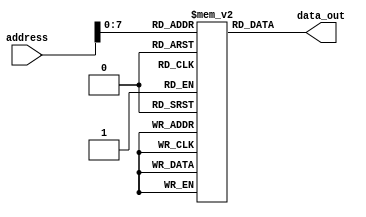
module Instruction_Memory_1(
    output [15 : 0] data_out,
    input [15 : 0] address
    );
	reg [15 : 0] memory [255 : 0];
	initial
	begin
		memory[0] = 16'h6fbf;
		memory[1] = 16'h37e0;
		memory[2] = 16'h6901;
		memory[3] = 16'h6a01;
		memory[4] = 16'h6c01;
		memory[5] = 16'hdf40;
		memory[6] = 16'hdf80;
		memory[7] = 16'he944;
		memory[8] = 16'hdf40;
		memory[9] = 16'he451;
		memory[10] = 16'hdf80;
		memory[11] = 16'heb42;
		memory[12] = 16'h6101;
		memory[13] = 16'h10f9;
		memory[14] = 16'h6901;
		memory[15] = 16'h6a0f;
		memory[16] = 16'h7c20;
		memory[17] = 16'hea84;
		memory[18] = 16'hdf80;
		memory[19] = 16'h6a03;
		memory[20] = 16'hea87;
		memory[21] = 16'hdf80;
		memory[22] = 16'h6a04;
		memory[23] = 16'hea87;
		memory[24] = 16'hdf80;
		memory[25] = 16'hea87;
		memory[26] = 16'hdf80;
		memory[27] = 16'hea87;
		memory[28] = 16'hdf80;
		memory[29] = 16'h6901;
		memory[30] = 16'h6a0f;
		memory[31] = 16'h7c20;
		memory[32] = 16'hea84;
		memory[33] = 16'hea87;
		memory[34] = 16'h6900;
		memory[35] = 16'h6a04;
		memory[36] = 16'h6b0c;
		memory[37] = 16'h4901;
		memory[38] = 16'h6d0f;
		memory[39] = 16'he9ac;
		memory[40] = 16'hea84;
		memory[41] = 16'hec2d;
		memory[42] = 16'hdf80;
		memory[43] = 16'hea84;
		memory[44] = 16'hec2d;
		memory[45] = 16'hdf80;
		memory[46] = 16'hea84;
		memory[47] = 16'hec2d;
		memory[48] = 16'hdf80;
		memory[49] = 16'hea84;
		memory[50] = 16'hec2d;
		memory[51] = 16'hdf80;
		memory[52] = 16'h4901;
		memory[53] = 16'he9ac;
		memory[54] = 16'heb24;
		memory[55] = 16'hea86;
		memory[56] = 16'hec2d;
		memory[57] = 16'hdf80;
		memory[58] = 16'hea86;
		memory[59] = 16'hec2d;
		memory[60] = 16'hdf80;
		memory[61] = 16'hea86;
		memory[62] = 16'hec2d;
		memory[63] = 16'hdf80;
		memory[64] = 16'hea86;
		memory[65] = 16'hec2d;
		memory[66] = 16'hdf80;
		memory[67] = 16'heb26;
		memory[68] = 16'he96a;
		memory[69] = 16'h61df;
		memory[70] = 16'h8000;
	end
	assign data_out = memory[address];
endmodule